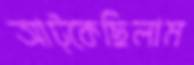
আট্‌কেছিলাম